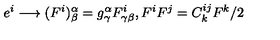
e ^ { i } \longrightarrow ( F ^ { i } ) _ { \beta } ^ { \alpha } = g _ { \gamma } ^ { \alpha } F _ { \gamma \beta } ^ { i } , F ^ { i } F ^ { j } = C _ { k } ^ { i j } F ^ { k } / 2